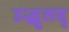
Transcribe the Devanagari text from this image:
उद्धृतद्